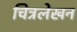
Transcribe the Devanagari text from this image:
चित्रलेखन